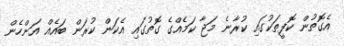
އެގޮތުން ކޮފީތަކުގައި ކުރާނެ މަޖާ ކަމެއްގެ ގޮތުގައި އެކަން ކުރަން ބައެއް އަންހެން